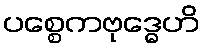
ပစ္စေကဗုဒ္ဓေဟိ